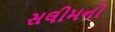
સલીમનો